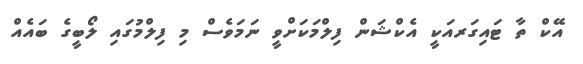
އޭކް ތާ ޓައިގަރއަކީ އެކްޝަން ފިލްމަކަށްވީ ނަމަވެސް މި ފިލްމުގައި ލޯބީގެ ބައެއް